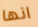
انها